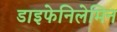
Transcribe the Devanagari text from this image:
डाइफेनिलेमिन